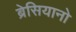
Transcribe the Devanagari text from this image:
ब्रेसियानो